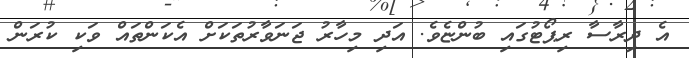
އެ ދިރާސާ ރިޕޯޓުގައި ބުންޏެވެ. އަދި މިހާރު ޖަނަވާރުތަކަށް އެކަންތައް ވަކި ކުރަން